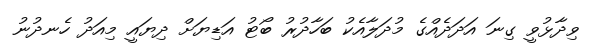
ވިދާޅުވީ ގިނަ އަދަދެއްގެ މުދަލާއެކު ބަހާދުރު ބޯޓު އަޑިޔަށް ދިޔައީ މިއަދު ހެނދުނު